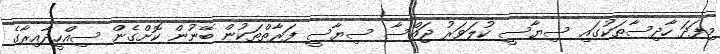
މިފަދަ ހާދިސާތަކުގައި ސިޔާސީ ކުލަވަރު ޖައްސާ ސިޔާސީ ފަރާތްތަކުން ބޭނުން ކޮށްގެން ސިއްހީދާއިރާގެ